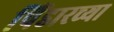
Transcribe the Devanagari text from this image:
पिंडारच्या